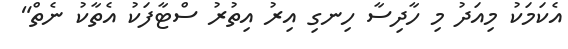
އެކަމަކު މިއަދު މި ހާދިސާ ހިނގި އިރު އިތުރު ސްޓާފަކު އެތާކު ނެތް"